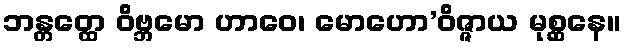
ဘန္တတ္ထေ ဝိဗ္ဘမော ဟာဝေ၊ မောဟော’ဝိဇ္ဇာယ မုစ္ဆနေ။